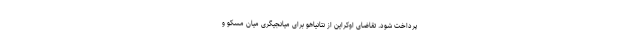
پرداخت شود. تقاضای اوکراین از نتانیاهو برای میانجیگری میان مسکو و